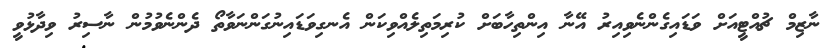
ނާޒިމް ޗުއްޓީއަށް ވަޑައިގެންނެވިއިރު އޭނާ އިންތިހާބަށް ކުރިމަތިލެއްވިކަން އެނގިވަޑައިނުގަންނަވާތޯ ދެންނެވުމުން ނާސިރު ވިދާޅުވީ